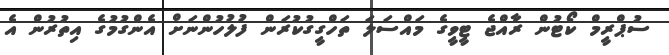
ސުޕްރީމް ކޯޓުން ރާއްޖެ ޓީވީގެ މައްސަލަ ތަހްގީގުކުރަން ފުލުހުންނަށް އެންގުމުގެ އިތުރުން އެ